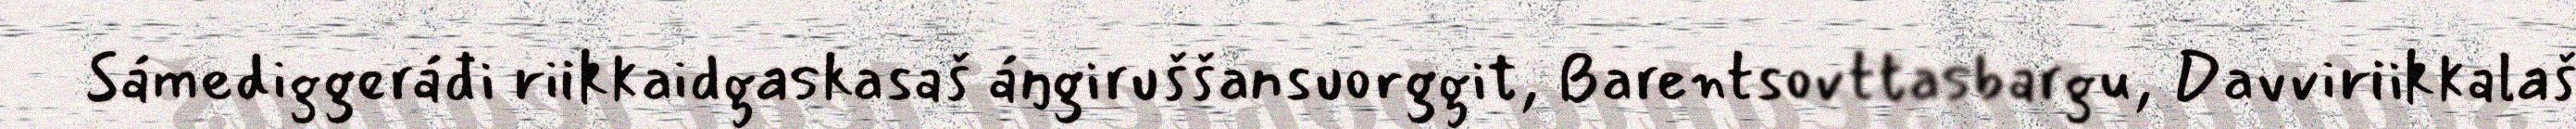
Sámediggeráđi riikkaidgaskasaš áŋgiruššansuorggit, Barentsovttasbargu, Davviriikkalaš